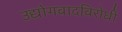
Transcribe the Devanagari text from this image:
उद्योगवादविरोधी